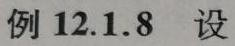
例 12.1.8  设